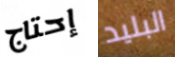
إحتاج البليد